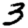
Digit: 3